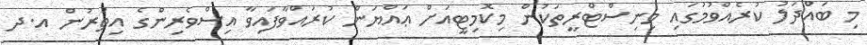
މި ބައްދަލު ކުރެއްވުމުގައި މިނިސްޓްރީތަކުން މިކޮމިޓީއަށް ޢައްޔަން ކުރައްވާފައިވާ އިސްވެރިންގެ އިތުރުން އ.ދ